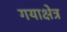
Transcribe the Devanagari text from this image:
गयाक्षेत्र